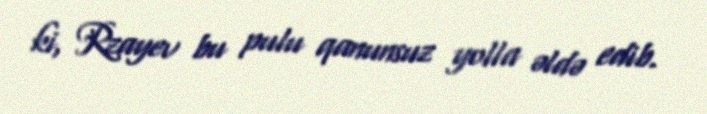
ki, Rzayev bu pulu qanunsuz yolla əldə edib.